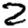
Digit: 2